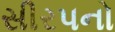
સીરપનો